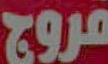
فروج